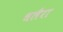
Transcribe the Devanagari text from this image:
धलैरा